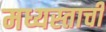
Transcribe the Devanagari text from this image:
मध्यस्ताची